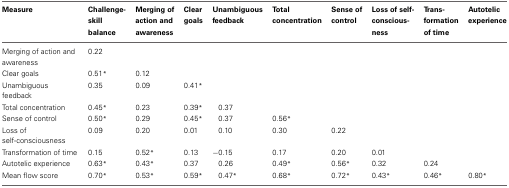
<table><thead><tr><td><b>Measure</b></td><td><b>Challenge-skill balance</b></td><td><b>Merging of action and awareness</b></td><td><b>Clear goals</b></td><td><b>Unambiguous feedback</b></td><td><b>Total concentration</b></td><td><b>Sense of control</b></td><td><b>Loss of self-conscious-ness</b></td><td><b>Trans-formation of time</b></td><td><b>Autotelic experience</b></td></tr></thead><tbody><tr><td>Merging of action and awareness</td><td>0.22</td><td></td><td></td><td></td><td></td><td></td><td></td><td></td><td></td></tr><tr><td>Clear goals</td><td>0.51<sup>*</sup></td><td>0.12</td><td></td><td></td><td></td><td></td><td></td><td></td><td></td></tr><tr><td>Unambiguous feedback</td><td>0.35</td><td>0.09</td><td>0.41<sup>*</sup></td><td></td><td></td><td></td><td></td><td></td><td></td></tr><tr><td>Total concentration</td><td>0.45<sup>*</sup></td><td>0.23</td><td>0.39<sup>*</sup></td><td>0.37</td><td></td><td></td><td></td><td></td><td></td></tr><tr><td>Sense of control</td><td>0.50<sup>*</sup></td><td>0.29</td><td>0.45<sup>*</sup></td><td>0.37</td><td>0.56<sup>*</sup></td><td></td><td></td><td></td><td></td></tr><tr><td>Loss of self-consciousness</td><td>0.09</td><td>0.20</td><td>0.01</td><td>0.10</td><td>0.30</td><td>0.22</td><td></td><td></td><td></td></tr><tr><td>Transformation of time</td><td>0.15</td><td>0.52<sup>*</sup></td><td>0.13</td><td>−0.15</td><td>0.17</td><td>0.20</td><td>0.01</td><td></td><td></td></tr><tr><td>Autotelic experience</td><td>0.63<sup>*</sup></td><td>0.43<sup>*</sup></td><td>0.37</td><td>0.26</td><td>0.49<sup>*</sup></td><td>0.56<sup>*</sup></td><td>0.32</td><td>0.24</td><td></td></tr><tr><td>Mean flow score</td><td>0.70<sup>*</sup></td><td>0.53<sup>*</sup></td><td>0.59<sup>*</sup></td><td>0.47<sup>*</sup></td><td>0.68<sup>*</sup></td><td>0.72<sup>*</sup></td><td>0.43<sup>*</sup></td><td>0.46<sup>*</sup></td><td>0.80<sup>*</sup></td></tr></tbody></table>